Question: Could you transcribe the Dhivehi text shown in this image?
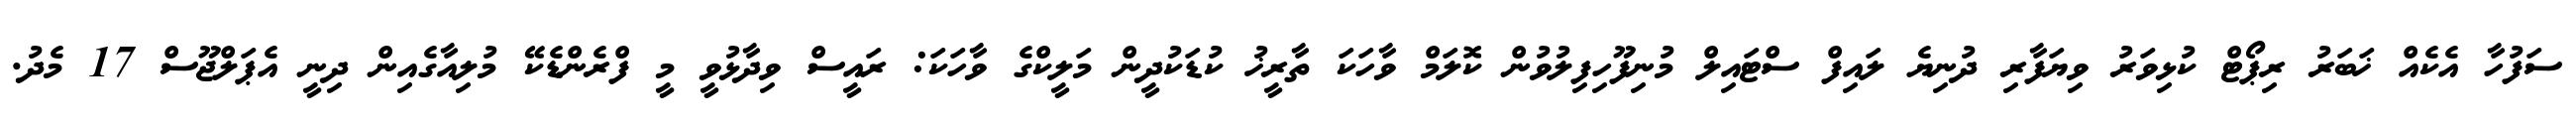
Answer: ސަފުހާ އެކެއް ޚަބަރު ރިޕޯޓް ކުޅިވަރު ވިޔަފާރި ދުނިޔެ ލައިފް ސްޓައިލް މުނިފޫހިފިލުވުން ކޮލަމް ވާހަކަ ތާރީޚު ކުޑަކުދީން މަލީކްގެ ވާހަކަ: ރައީސް ވިދާޅުވީ މީ ފްރެންޑެކޭ މުލިއާގެއިން ދިނީ އެޕަލްޖޫސް 17 މެދު.